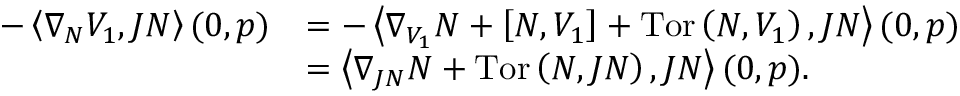
\begin{array} { r l } { - \left\langle \nabla _ { N } V _ { 1 } , J N \right\rangle ( 0 , p ) } & { = - \left\langle \nabla _ { V _ { 1 } } N + \left[ N , V _ { 1 } \right] + \mathrm { T o r } \left( N , V _ { 1 } \right) , J N \right\rangle ( 0 , p ) } \\ & { = \left\langle \nabla _ { J N } N + \mathrm { T o r } \left( N , J N \right) , J N \right\rangle ( 0 , p ) . } \end{array}